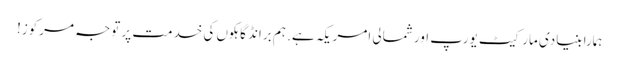
ہمارا بنیادی مارکیٹ یورپ اور شمالی امریکہ ہے. ہم برانڈ گاہکوں کی خدمت پر توجہ مرکوز!